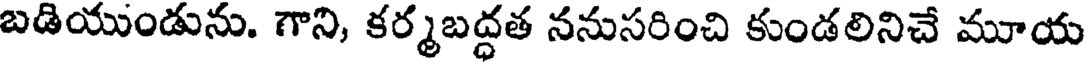
బడియుండును. గాని, కర్మబద్ధత ననుసరించి కుండలినిచే మూయ